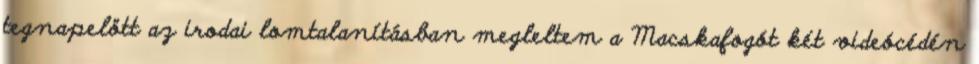
tegnapelött az irodai lomtalanításban megleltem a Macskafogót két videócédén